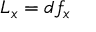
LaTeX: L _ { x } = d f _ { x }